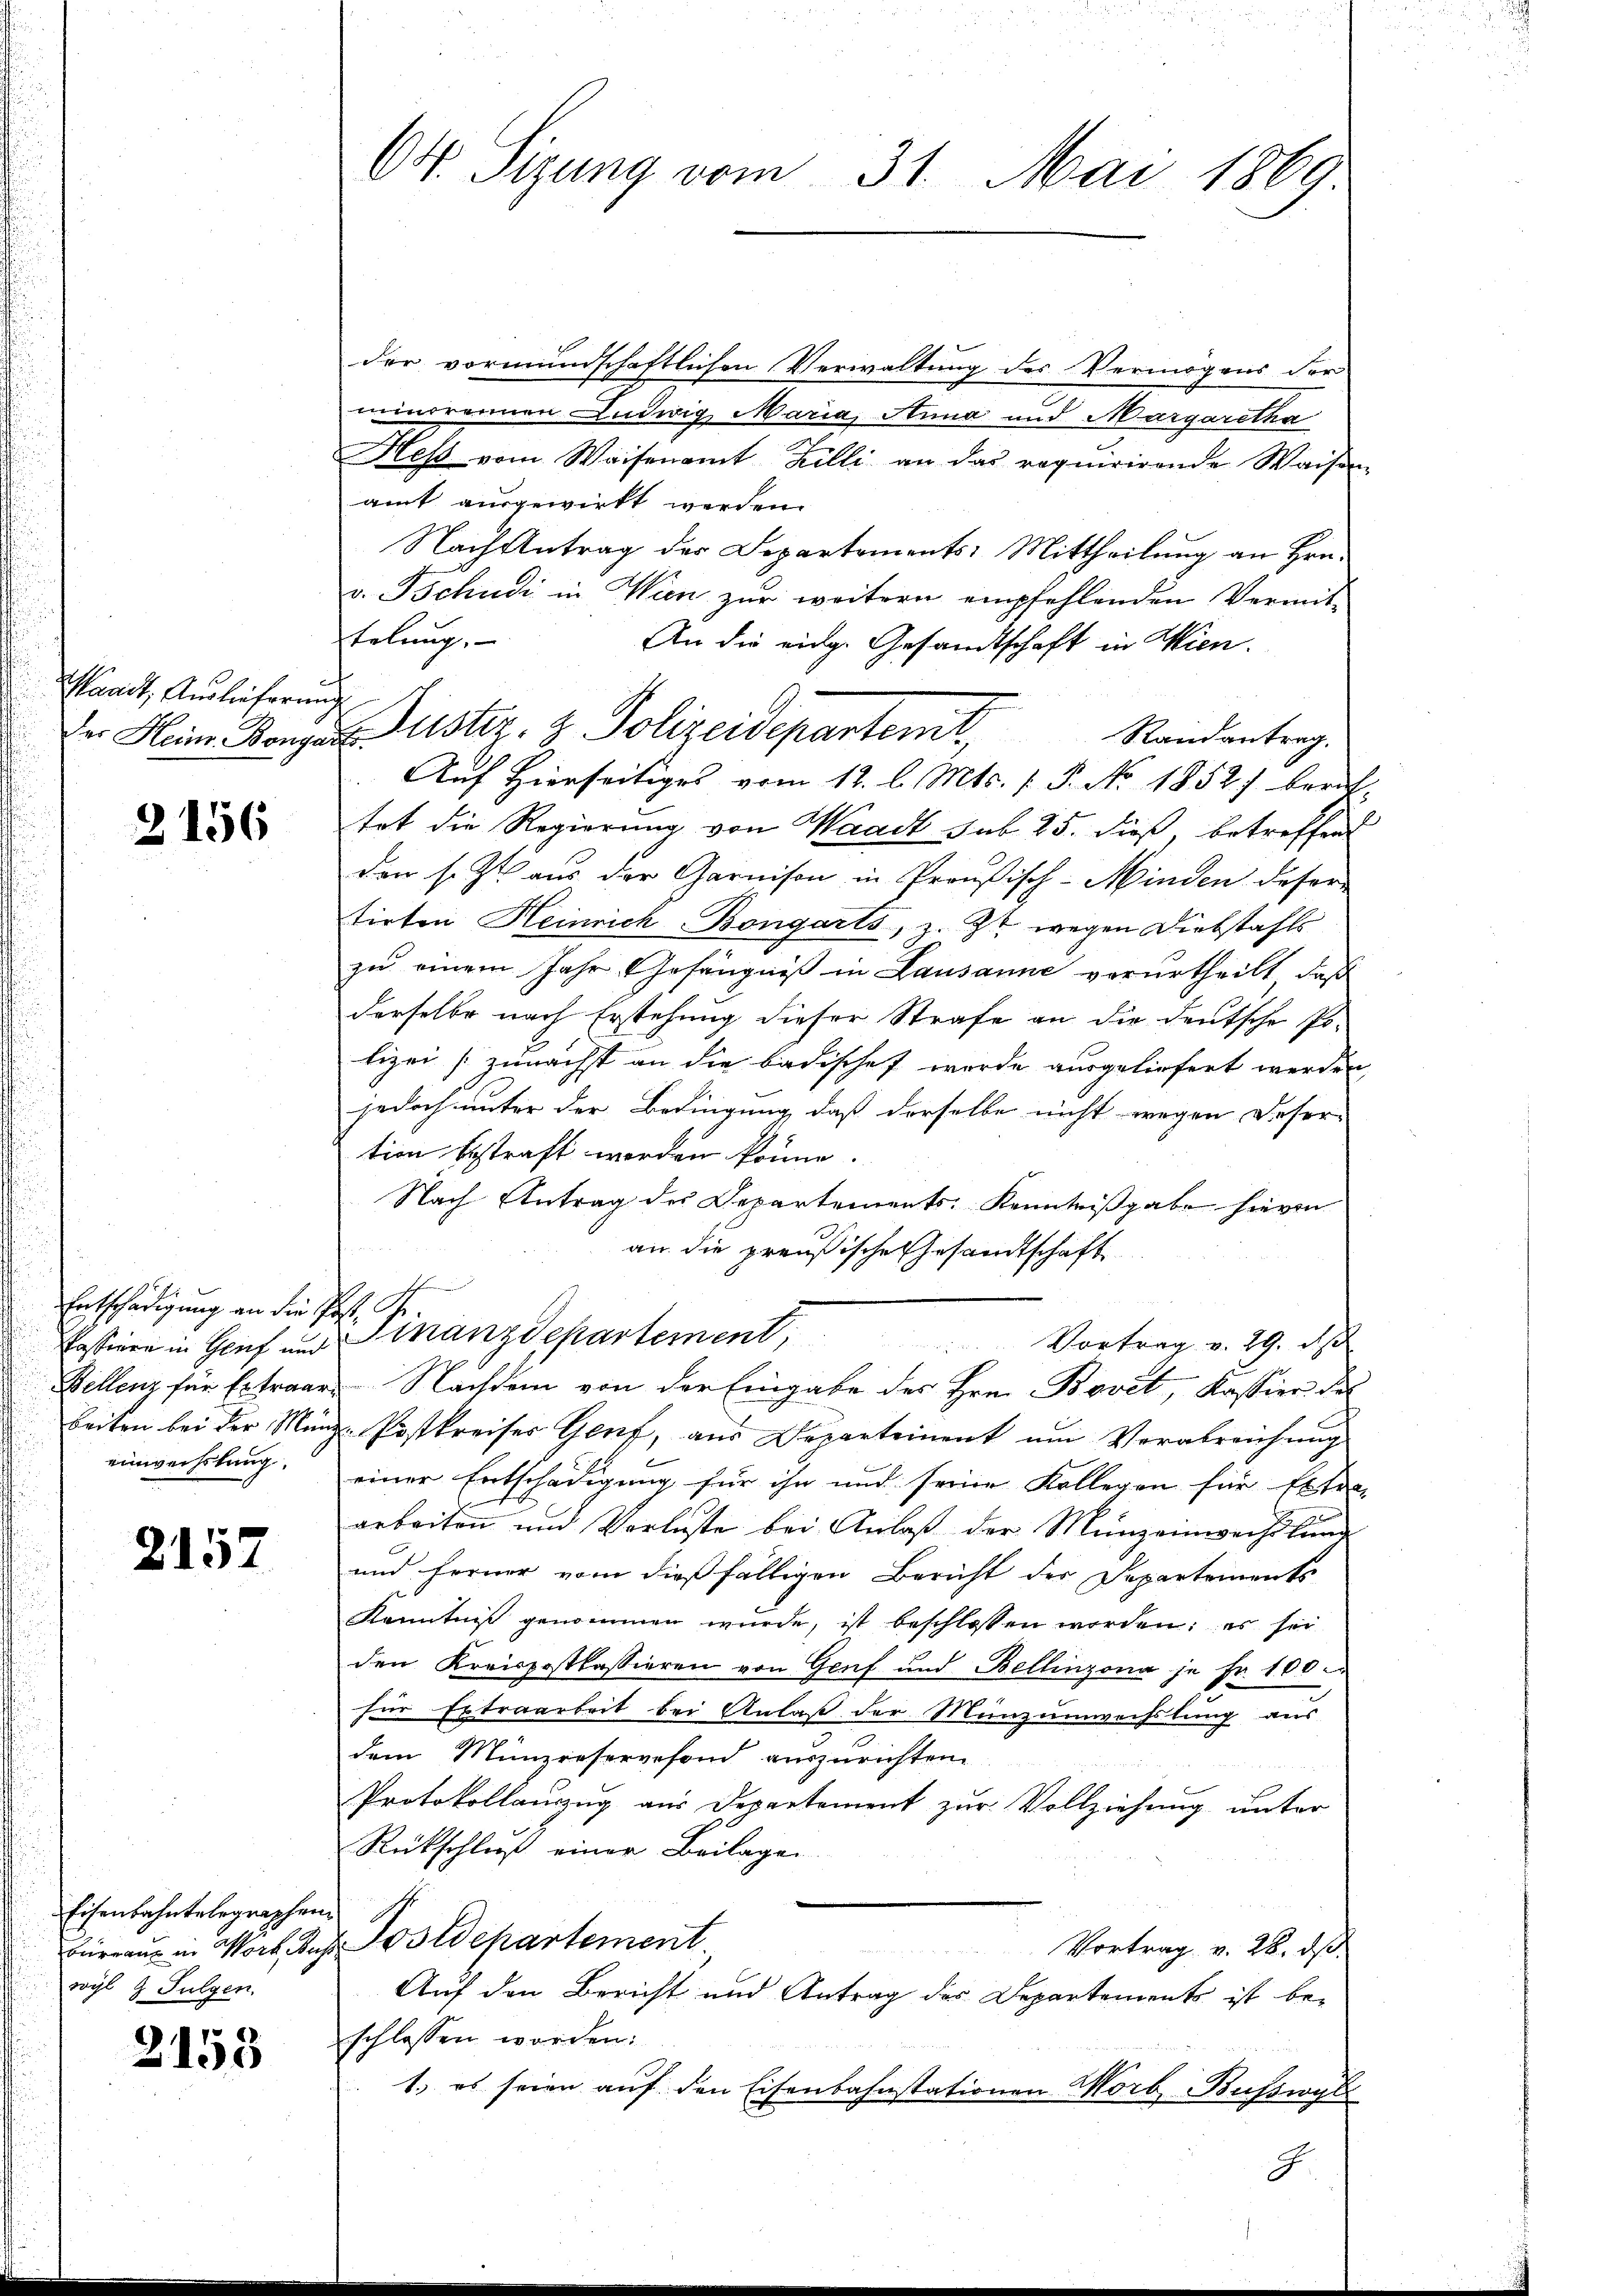
Pandt, Auslieferung

2156

Entschädigung an die Post
einwechslung.

2157

Eisenbahntelegraphen
wyl & Fulgen.

2153

Ot. Sizung vom 31. Mai 1869

der vormundschaftlichen Verwaltung des Vermögens der
minorenen Ludwig Maria, Anna und Margaretha
Hess vom Waisenamt Billi an das requirirende Waisen
amt ausgewirkt werden.
Nach Antrag der Departements: Mittheilung an Hrn.
v. Tschudi in Wien zur weitern empfehlenden Vermit-
telung.
An die eidg. Gesandtschaft in Wien.
Randantrag.
Auf Hierseitiges vom 12. l. Mts. f. P. No 1852) berat
tot die Regierung von Waadt sub. 25. dieß, betreffend
den s. Zt. aus der Garnison in Preußisch-Minden deser
tirten Heinrich-Bongarts, z. Zt. wegen Diebstahls
zu einem Jahr Gefängniß in Lausanne verurtheilt, daß
derselbe nach Erstehung dieser Strafe an die deutsche Po-
lizei zunächst an die badischef wurde ausgeliefert werden,
jedoch unter der Bedingung, daß derselbe nicht wegen Deser-
tion bestraft worden könne.
Nach Antrag des Departements Kenntnißgabe hievon
an die preußische Gesandtschaft
Bestinen in Genf und Finanzdepartement, Vortrag v. 29. ds
Zellenz für Extraar Nachdem von der Eingabe des Hrn. Bovet, Kassier des
beiten bei der Münze Postkreises Genf, aus Departement um Verabreichung
einer Entschädigung für ihn und seine Kollegen für Extra-
arbeiten und Verluste bei Anlaß der Münzeinwachslung
und ferner vom dießfälligen Bericht der Departements
Kenntniß genommen wurde, ist beschlossen worden: es sei
den Kreispostkassieren von Genf und Bellinzona je Fr. 100.
für Extraarbeit bei Anlaß der Münzumwechslung aus
dem Münzieservefond auszurichten
Protokollanzug aus Departement zur Vollziehung unter
Rückschluß einer Beilagen
¬
Bürraus in Wort, das Postdepartement
 S
Vortrag v. 28. ds.
Auf den Bericht und Antrag des Departements ist beschlossen worden:
1.) es seien auf den Eisenbahnstationen Worb Busswyl
E

Der Heim Konzer Justiz- & Polizeidepartenit,